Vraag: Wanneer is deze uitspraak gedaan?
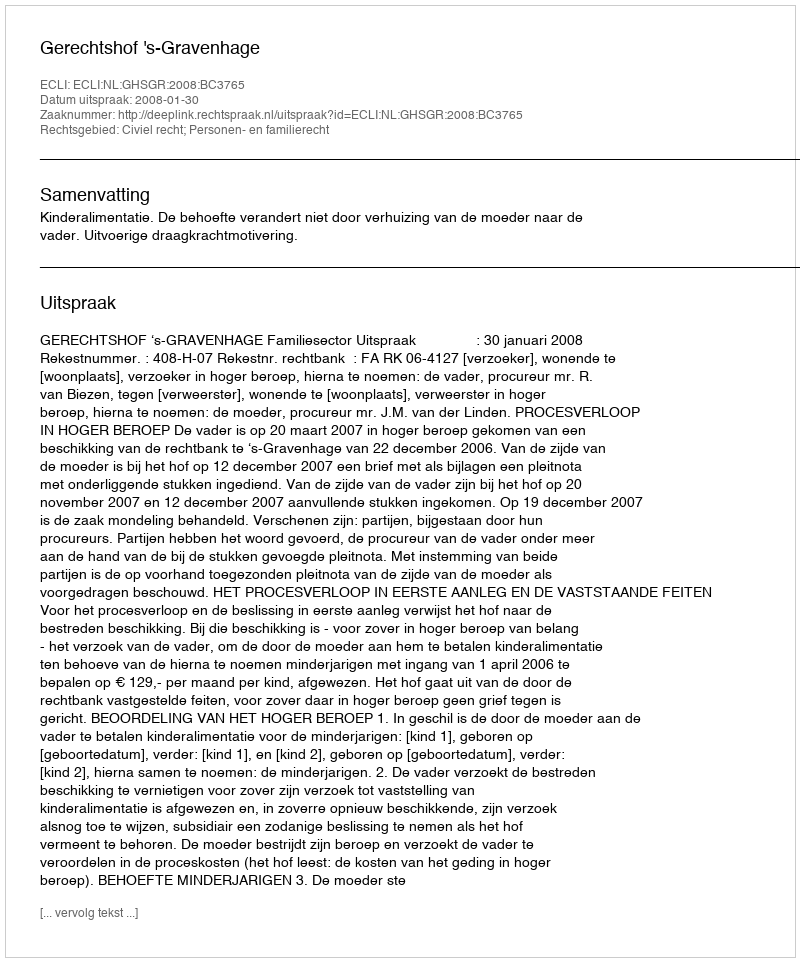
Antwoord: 2008-01-30